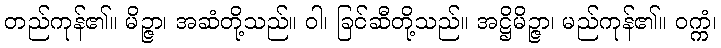
တည်ကုန်၏။ မိဉ္ဇာ၊ အဆံတို့သည်။ ဝါ၊ ခြင်ဆီတို့သည်။ အဋ္ဌိမိဉ္ဇာ၊ မည်ကုန်၏။ ဝက္ကံ၊